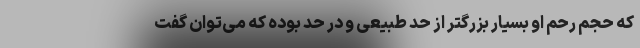
که حجم رحم او بسیار بزرگتر از حد طبیعی و در حد بوده که می‌توان گفت